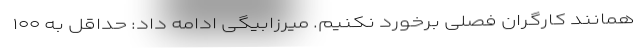
همانند کارگران فصلی برخورد نکنیم. میرزابیگی ادامه داد: حداقل به ۱۰۰